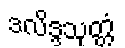
ဒလိဒ္ဒသုတ္တံ